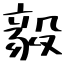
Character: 毅